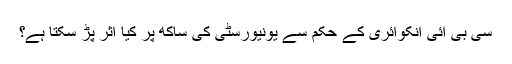
سی بی آئی انکوائری کے حکم سے یونیورسٹی کی ساکھ پر کیا اثر پڑ سکتا ہے؟